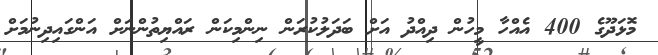
މޮޅަދޫގެ 400 އެއްހާ މީހުން ދިއްދު އަށް ބަދަލުކުރަން ނިންމިކަން ރައްޔިތުންނަށް އަންގައިދިނުމަށް